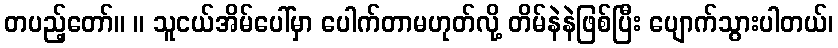
တပည့်တော်။ ။ သူငယ်အိမ်ပေါ်မှာ ပေါက်တာမဟုတ်လို့ တိမ်နဲနဲဖြစ်ပြီး ပျောက်သွားပါတယ်၊